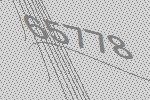
65778